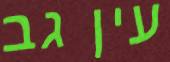
עין גב